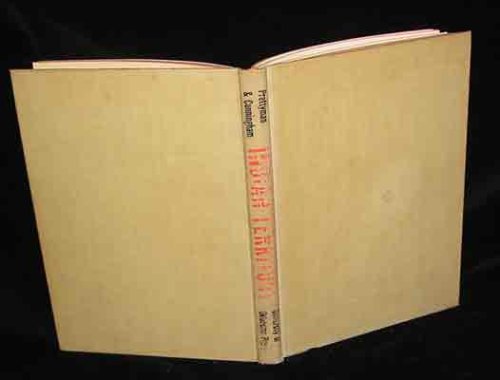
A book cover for Indian Territory,: A frontier photographic record; William S Prettyman; Travel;